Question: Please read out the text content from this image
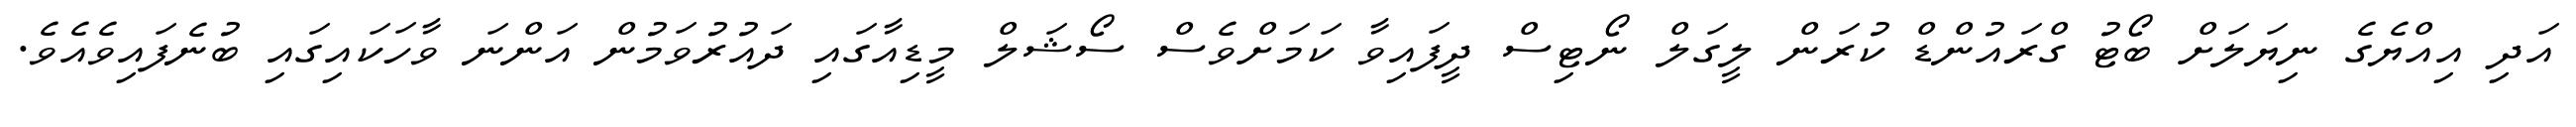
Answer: އަދި އިއްޔެގެ ނިޔަލަށް ބޯޓު ގްރައުންޑް ކުރަން ލީގަލް ނޯޓިސް ދީފައިވާ ކަމަށްވެސް ސޯޝަލް މީޑިއާގައި ދައުރުވަމުން އަންނަ ވާހަކައިގައި ބުނެފައިވެއެވެ.